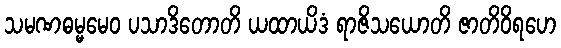
သမဏဓမ္မမေဝ ပသာဒိတောတိ ယထာယိဒံ ရာဇိသယောတိ ဇာတိဝိရဟေ